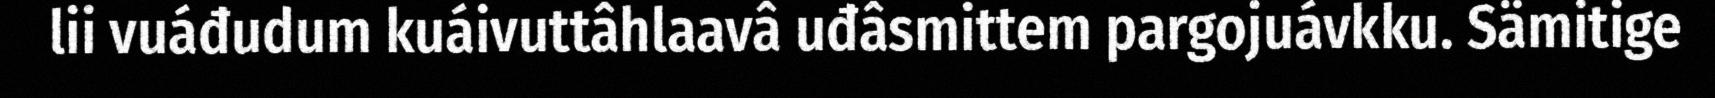
lii vuáđudum kuáivuttâhlaavâ uđâsmittem pargojuávkku. Sämitige